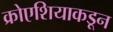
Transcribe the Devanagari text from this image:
क्रोएशियाकडून